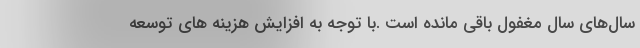
سال‌های سال مغفول باقی مانده است .با توجه به افزایش هزینه های توسعه